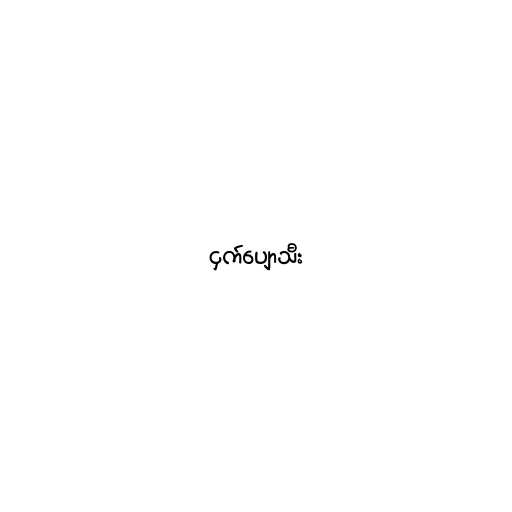
ငှက်ပျောသီး